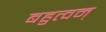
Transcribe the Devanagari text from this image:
बहुत्वम्